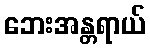
ဘေးအန္တရာယ်